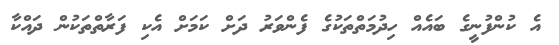
އެ ކުންފުނީގެ ބައެއް ހިދުމަތްތަކުގެ ފެންވަރު ދަށް ކަމަށް އެކި ފަރާތްތަކުން ދައްކާ